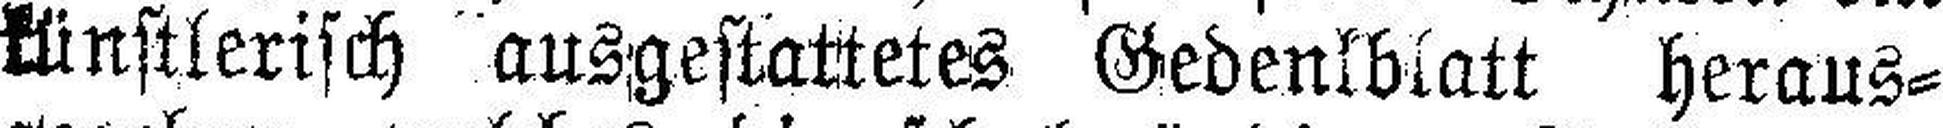
künstlerisch ausgestattetes Gedenkblatt heraus¬